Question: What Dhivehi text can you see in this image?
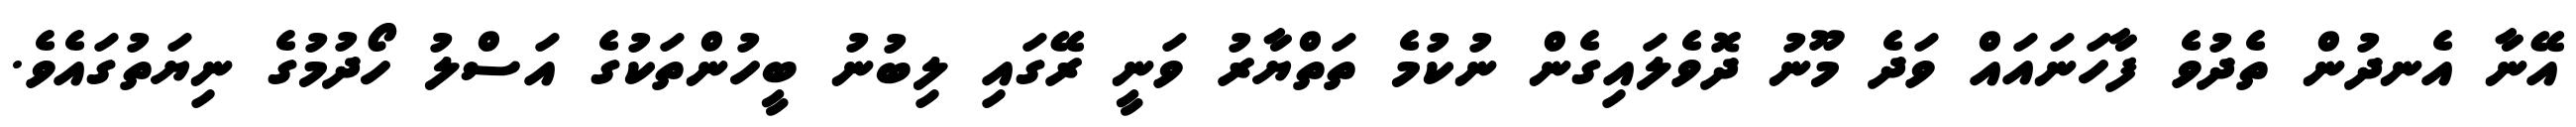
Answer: އޭނާ އެނދުން ތެދުވެ ފާހަނައައް ވަދެ މޫނު ދޮވެލައިގެން ނުކުމެ ތަތްޔާރު ވަނީ ރޭގައި ލިބުނު ބީހުންތަކުގެ އަސްލު ހޯދުމުގެ ނިޔަތުގައެވެ.